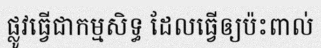
ផ្លូវធ្វើជាកម្មសិទ្ធ ដែលធ្វើឲ្យប៉ះពាល់